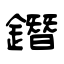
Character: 鐕